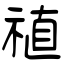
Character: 禃